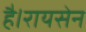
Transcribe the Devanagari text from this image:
है।रायसेन